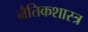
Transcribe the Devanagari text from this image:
नैतिकशास्त्र